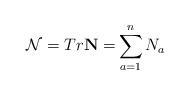
\begin{align*}\mathcal{N}=Tr\mathbf{N=}\sum_{a=1}^{n}N_{a} \end{align*}